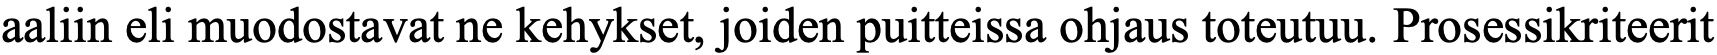
aaliin eli muodostavat ne kehykset, joiden puitteissa ohjaus toteutuu. Prosessikriteerit